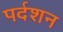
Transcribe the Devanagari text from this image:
पर्दशन